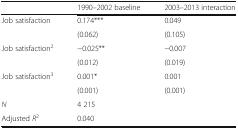
<table><thead><tr><td></td><td><b>1990–2002 baseline</b></td><td><b>2003–2013 interaction</b></td></tr></thead><tbody><tr><td>Job satisfaction</td><td>0.174***</td><td>0.049</td></tr><tr><td></td><td>(0.062)</td><td>(0.105)</td></tr><tr><td>Job satisfaction<sup>2</sup></td><td>−0.025**</td><td>−0.007</td></tr><tr><td></td><td>(0.012)</td><td>(0.019)</td></tr><tr><td>Job satisfaction<sup>3</sup></td><td>0.001*</td><td>0.001</td></tr><tr><td></td><td>(0.001)</td><td>(0.001)</td></tr><tr><td><i>N</i></td><td colspan="2">4 215</td></tr><tr><td>Adjusted <i>R</i><sup>2</sup></td><td colspan="2">0.040</td></tr></tbody></table>